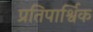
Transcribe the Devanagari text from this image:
प्रतिपार्श्विक